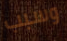
وسبب